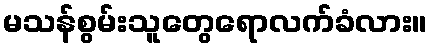
မသန်စွမ်းသူတွေရောလက်ခံလား။